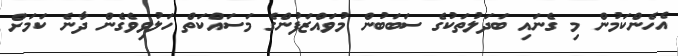
އެހެންކަމުން މި ގެނައި ބަދަލުތަކުގެ ސަބަބުން މުވައްޒަފުންގެ މަސައްކަތް ހަލުވިވެގެން ދާނެ ކަމަށް